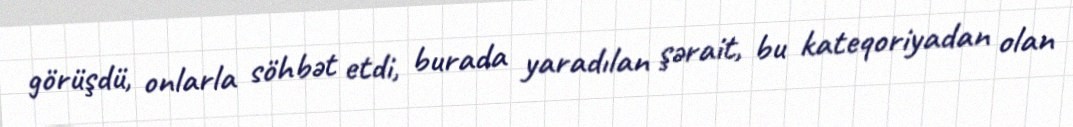
görüşdü, onlarla söhbət etdi, burada yaradılan şərait, bu kateqoriyadan olan